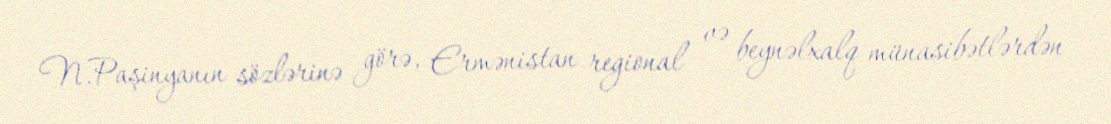
N.Paşinyanın sözlərinə görə, Ermənistan regional və beynəlxalq münasibətlərdən